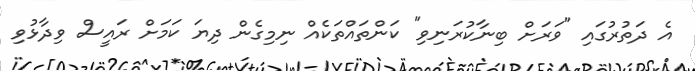
އެ ދަތުރުގައި "ވަރަށް ބިނާކުރަނިވި" ކަންތައްތަކެއް ނިމިގެން ދިޔަ ކަމަށް ރައީސް ވިދާޅުވި